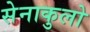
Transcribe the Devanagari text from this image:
सेनाकुलो